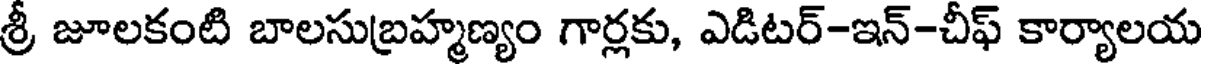
శ్రీ జూలకంటి బాలసుబ్రహ్మణ్యం గార్లకు, ఎడిటర్-ఇన్-చీఫ్ కార్యాలయ